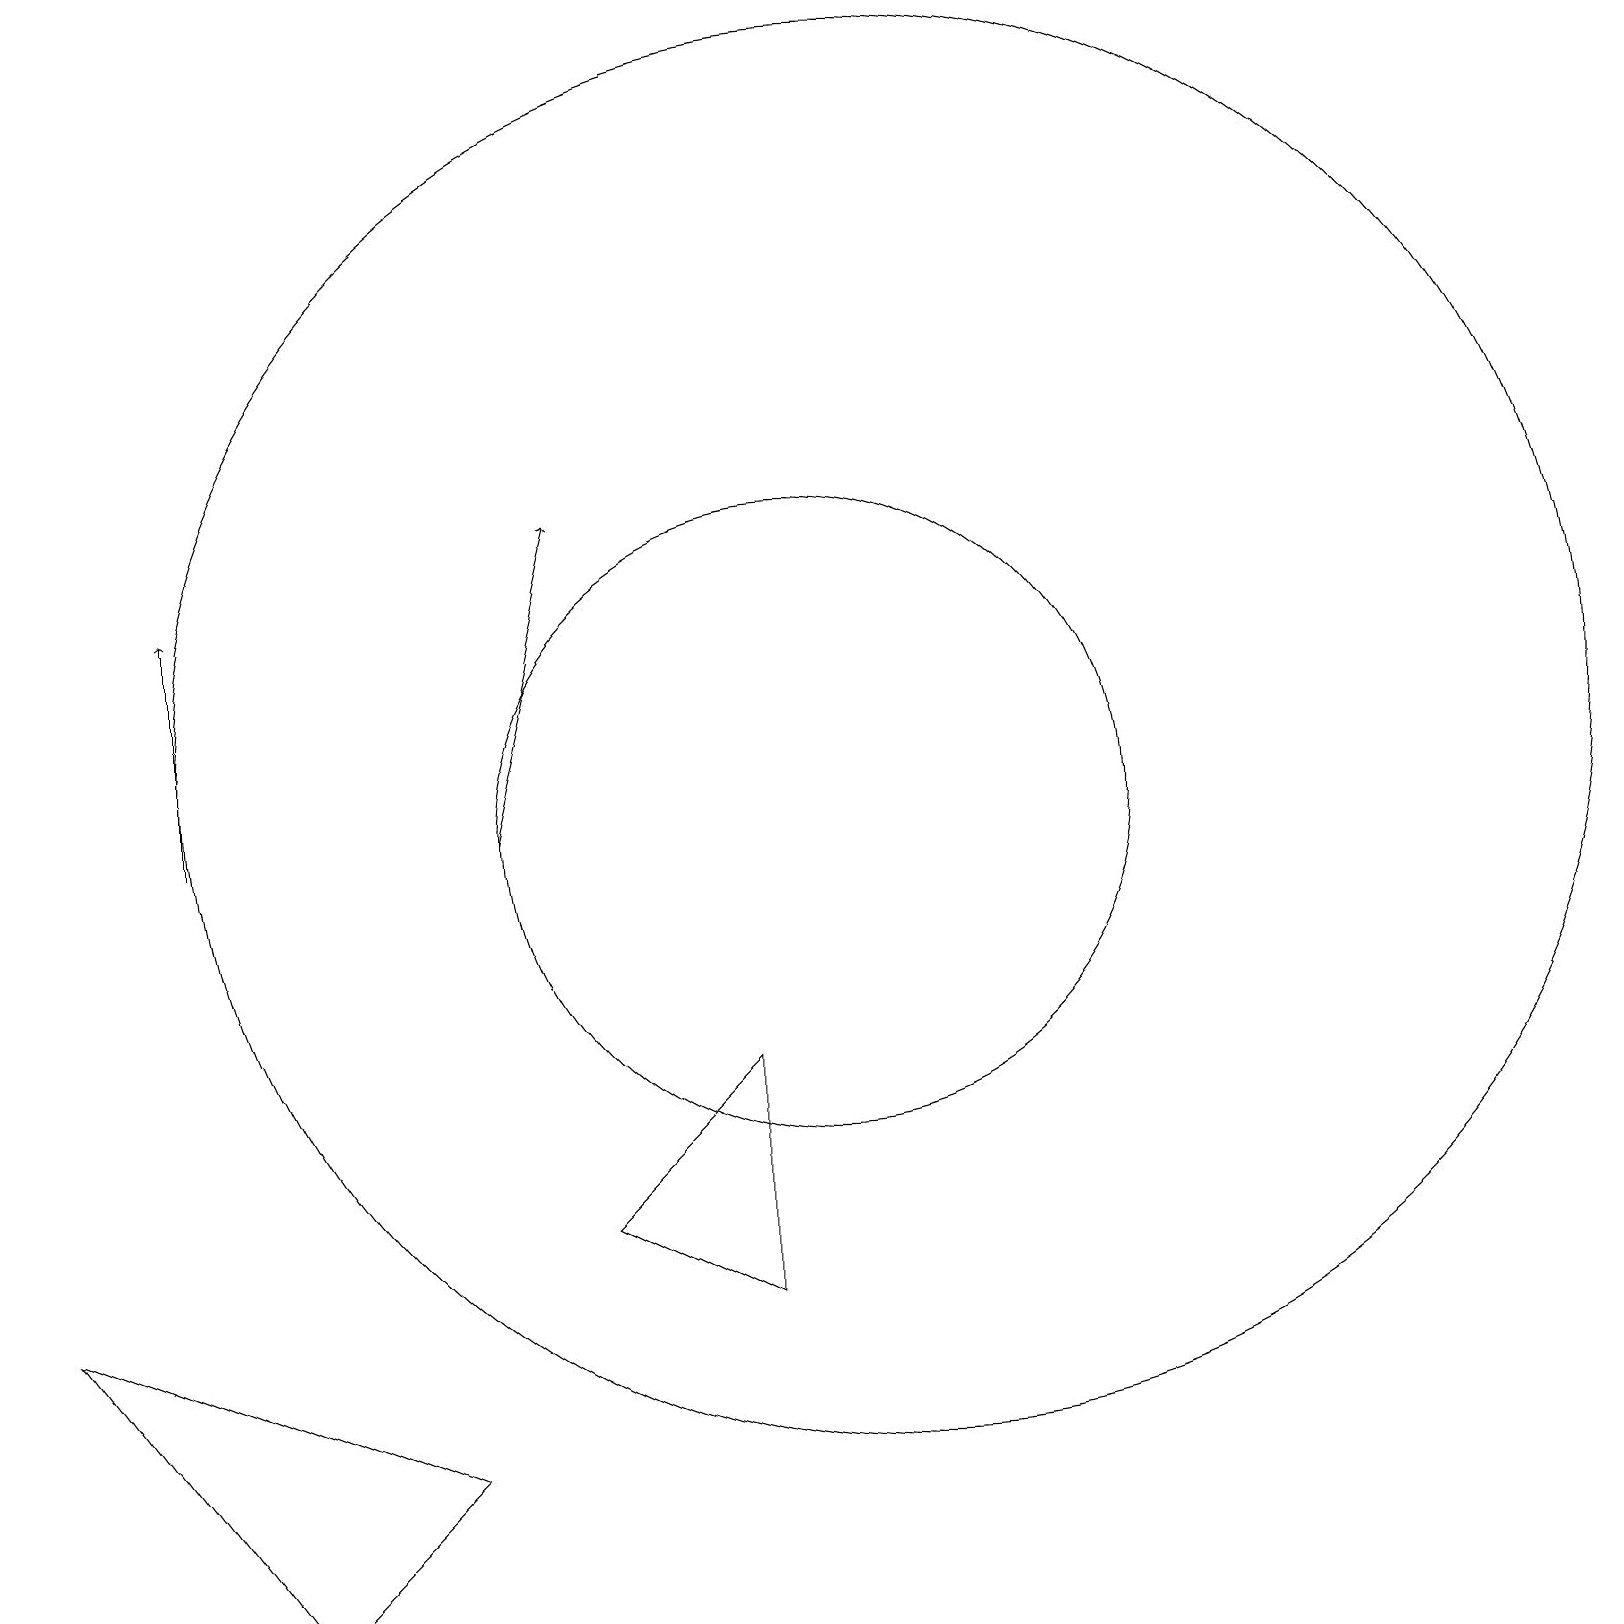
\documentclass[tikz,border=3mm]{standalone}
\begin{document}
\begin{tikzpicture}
\draw (9,7) -- (7,5) -- (9,4) -- cycle;
\draw (5,2) -- (3,0) -- (0,4) -- cycle;
\draw[->] (6,10) -- (7,14);
\draw (11,11) circle (9);
\draw (10,10) circle (4);
\draw[->] (2,10) -- (2,13);
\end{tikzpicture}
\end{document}